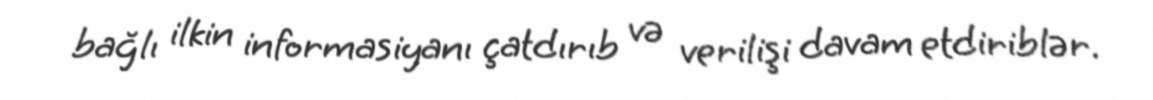
bağlı ilkin informasiyanı çatdırıb və verilişi davam etdiriblər.